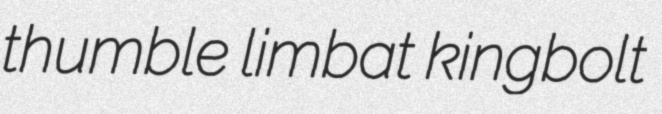
thumble limbat kingbolt